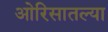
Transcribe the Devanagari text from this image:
ओरिसातल्या